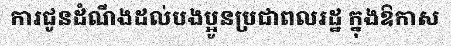
ការជូនដំណឹងដល់បងប្អូនប្រជាពលរដ្ឋ ក្នុងឱកាស